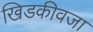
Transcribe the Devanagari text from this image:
खिडकीवजा